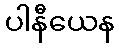
ပါနီယေန